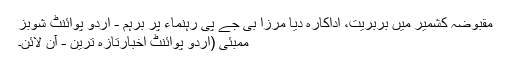
مقبوضہ کشمیر میں بربریت، اداکارہ دیا مرزا بی جے پی رہنماء پر برہم - اُردو پوائنٹ شوبز
ممبئی (اُردو پوائنٹ اخبارتازہ ترین - آن لائن۔